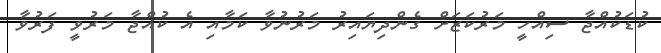
ކުޑަކުއްޖާ ސިއްހީ މަރުކަޒަށް ގެންދިޔައިރު މަރުނުވާ ކަމާއި އެ ކުއްޖާ މަރުވީ ފަރުވާ